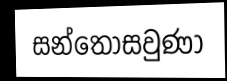
සන්තෝසවුණා